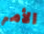
الأمر